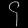
Digit: ၄